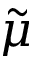
\tilde { \mu }